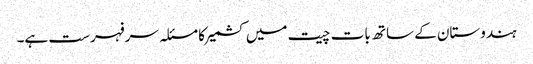
ہندوستان کے ساتھ بات چیت میں کشمیر کا مسئلہ سرفہرست ہے۔